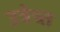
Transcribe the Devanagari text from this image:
उत्रेच्त